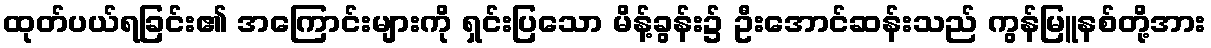
ထုတ်ပယ်ရခြင်း၏ အကြောင်းများကို ရှင်းပြသော မိန့်ခွန်း၌ ဦးအောင်ဆန်းသည် ကွန်မြူနစ်တို့အား